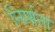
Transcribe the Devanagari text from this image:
निर्माना